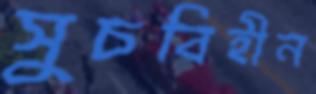
সুচবিহীন